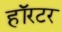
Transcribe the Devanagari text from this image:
हॉरटर